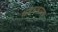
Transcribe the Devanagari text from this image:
धबधबापण